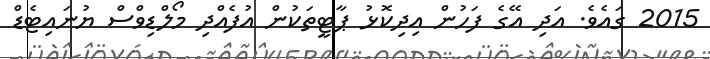
2015 ގައެވެ. އަދި އޭގެ ފަހުން އިދިކޮޅު ޕާޓީތަކުން އުފެއްދި މޯލްޑިވްސް ޔުނައިޓެޑް